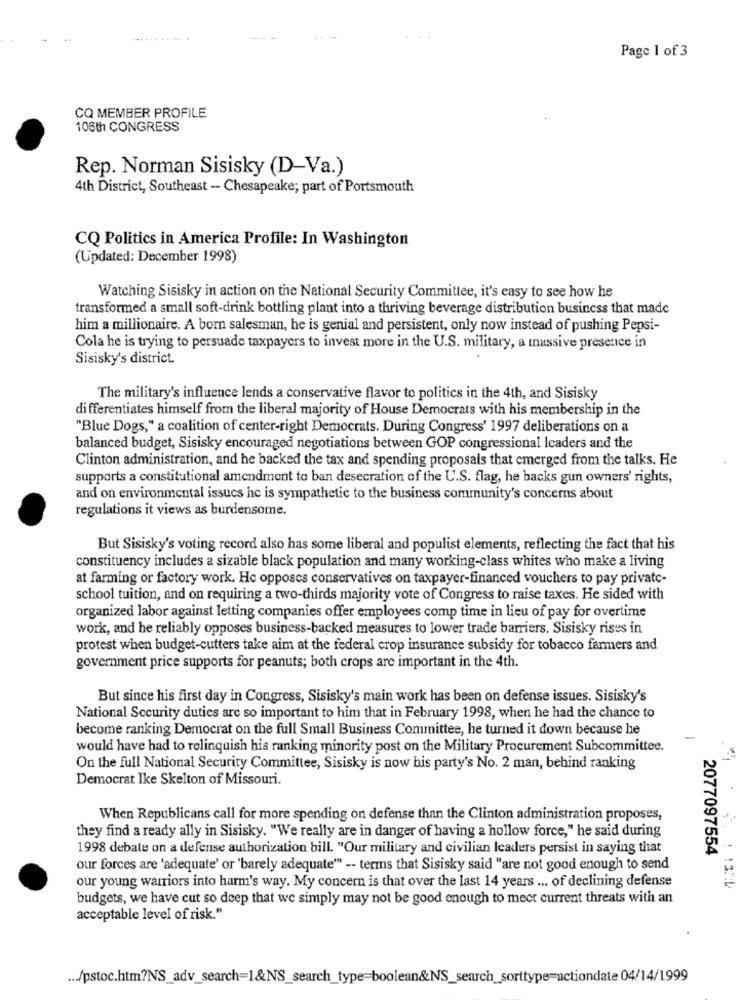
...... ...... .
----
Page 1 of 3
CQ MEMBER PROFILE
108th CONGRESS
Rep. Norman Sisisky (D-Va.)
4th District, Southeast - Chesapeake; part of Portsmouth
CQ Politics in America Profile: In Washington
(Updated: December 1998)
Watching Sisisky in action on the National Security Committee, it's easy to see how he
transformed a small soft-drink bottling plant into a thriving beverage distribution business that made
him a millionaire. A born salesman, he is genial and persistent, only now instead of pushing Pepsi-
Cola he is trying to persuade taxpayers to invest more in the U.S. military, a massive presence in
Sisisky's district.
The military's influence lends a conservative flavor to politics in the 4th, and Sisisky
differentiates himself from the liberal majority of House Democrats with his membership in the
"Blue Dogs," a coalition of center-right Democrats. During Congress' 1997 deliberations on a
balanced budget, Sisisky encouraged negotiations between GOP congressional leaders and the
Clinton administration, and he backed the tax and spending proposals that emerged from the talks. He
supports a constitutional amendment to ban desecration of the U.S. flag, he backs gun owners' rights,
and on environmental issues he is sympathetic to the business community's concerns about
regulations it views as burdensome.
But Sisisky's voting record also has some liberal and populist elements, reflecting the fact that his
constituency includes a sizable black population and many working-class whites who make a living
at farming or factory work. He opposes conservatives on taxpayer-financed vouchers to pay private-
school tuition, and on requiring a two-thirds majority vote of Congress to raise taxes. He sided with
organized labor against letting companies offer employees comp time in lieu of pay for overtime
work, and he reliably opposes business-backed measures to lower trade barriers. Sisisky rises in
protest when budget-cutters take aim at the federal crop insurance subsidy for tobacco farmers and
government price supports for peanuts; both crops are important in the 4th.
But since his first day in Congress, Sisisky's main work has been on defense issues. Sisisky's
National Security duties are so important to him that in February 1998, when he had the chance to
become ranking Democrat on the full Small Business Committee, he turned it down because he
would have had to relinquish his ranking minority post on the Military Procurement Subcommittee.
On the full National Security Committee, Sisisky is now his party's No. 2 man, behind ranking
Democrat Ike Skelton of Missouri.
When Republicans call for more spending on defense than the Clinton administration proposes,
they find a ready ally in Sisisky. "We really are in danger of having a hollow force," he said during
1998 debate on a defense authorization bill. "Our military and civilian leaders persist in saying that
2077097554
our forces are 'adequate' or 'barely adequate"" -- terms that Sisisky said "are not good enough to send
our young warriors into harm's way. My concern is that over the last 14 years ... of declining defense
budgets, we have cut so deep that we simply may not be good enough to meet current threats with an
acceptable level of risk."
... /pstoc.htm?NS_adv_search=1&NS_search_type=boolean&NS_search_sorttype=actiondate 04/14/1999